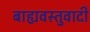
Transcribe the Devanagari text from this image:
बाह्यवस्तुवादी